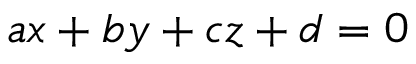
a x + b y + c z + d = 0